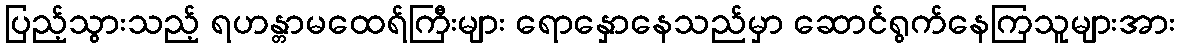
ပြည့်သွားသည့် ရဟန္တာမထေရ်ကြီးများ ရောနှောနေသည်မှာ ဆောင်ရွက်နေကြသူများအား